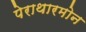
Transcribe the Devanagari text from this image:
पेराथारमोन